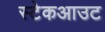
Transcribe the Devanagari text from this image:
स्टेकआउट